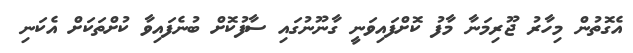
އެގޮތުން މިހާރު ޖޫރިމަނާ މާފު ކޮށްފައިވަނީ ގާނޫނުގައި ސާފުކޮށް ބުނެފައިވާ ކުށްތަކަށް އެކަނި